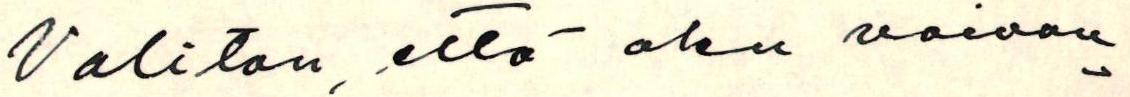
Valitan, että olen vaivan-